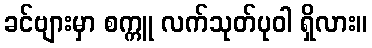
ခင်ဗျားမှာ စက္ကူ လက်သုတ်ပုဝါ ရှိလား။